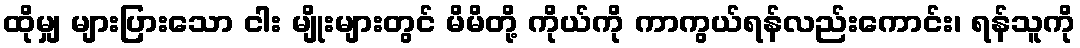
ထိုမျှ များပြားသော ငါး မျိုးများတွင် မိမိတို့ ကိုယ်ကို ကာကွယ်ရန်လည်းကောင်း၊ ရန်သူကို